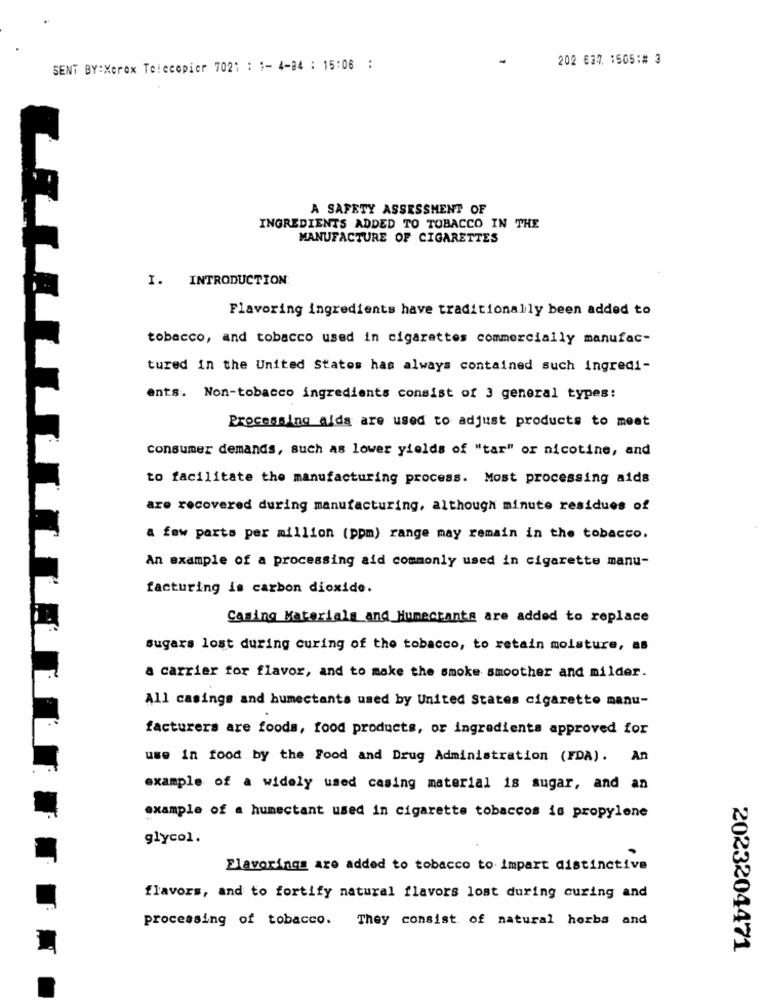
202 637. 1505:# 3
SENT BY:Xerox Telecopier 7021 : 1- 4-84 : 15:06 :
L
A SAFETY ASSESSMENT OF
INGREDIENTS ADDED TO TOBACCO IN THE
MANUFACTURE OF CIGARETTES
I. INTRODUCTION:
Flavoring ingredients have traditionally been added to
tobacco, and tobacco used in cigarettes commercially manufac-
tured in the United States has always contained such ingredi-
ents. Non-tobacco ingredients consist of 3 general types:
Processing alds are used to adjust products to meat
Consumer demands, such as lower yields of "tar" or nicotine, and
to facilitate the manufacturing process. Most processing aids
are recovered during manufacturing, although minute residues of
a few parts per million (ppm) range may remain in the tobacco.
An example of a processing aid commonly used in cigarette manu-
facturing is carbon dioxide.
Casing Materials and Humectante are added to replace
sugars lost during curing of the tobacco, to retain moisture, as
a carrier for flavor, and to make the smoke smoother and milder.
All casings and humectants used by United States cigaretto manu-
facturers are foods, food products, or ingredients approved for
use in food by the Food and Drug Administration (FDA). An
example of a widely used casing material is sugar, and an
example of a humectant used in cigarette tobaccos is propylene
glycol.
Flavorings are added to tobacco to impart distinctive
flavors, and to fortify natural flavors lost during curing and
processing of tobacco. They consist of natural herbs and
2023204471